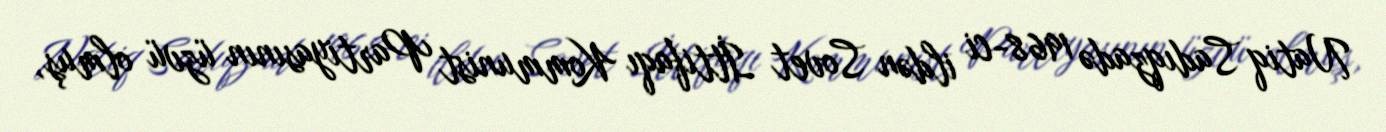
Natiq Sadıqzadə 1968-ci ildən Sovet İttifaqı Kommunist Partiyasının üzvü olmuş,